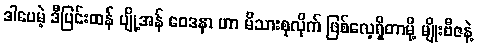
ဒါပေမဲ့ ဒီပြင်းထန် ပျို့အန် ဝေဒနာ ဟာ မိသားစုလိုက် ဖြစ်လေ့ရှိတာမို့ မျိုးဗီဇနဲ့